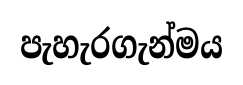
පැහැරගැන්මය